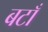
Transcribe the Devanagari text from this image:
बटाँ